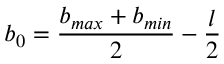
b _ { 0 } = \frac { b _ { m a x } + b _ { m i n } } { 2 } - \frac { l } { 2 }